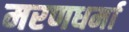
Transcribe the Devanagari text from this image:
मरणधर्मा